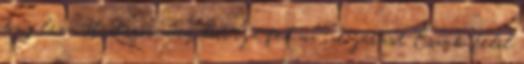
baj lesz Hidegörvény borítja fel az időjárást Észak felől